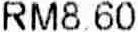
RM8.60